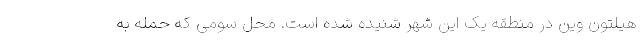
هیلتون وین در منطقه یک این شهر شنیده شده است. محل سومی که حمله به